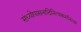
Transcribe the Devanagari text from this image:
संध्योपासनादिनित्यकर्मानन्तरं